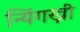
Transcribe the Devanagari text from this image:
न्यिंगख्री